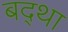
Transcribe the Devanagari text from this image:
बद्था